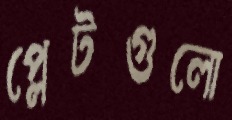
প্লেটগুলো